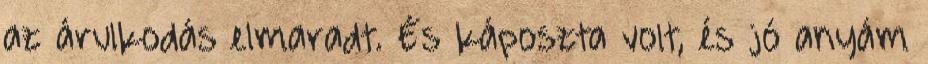
az árulkodás elmaradt. És káposzta volt, és jó anyám